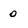
Character: 0